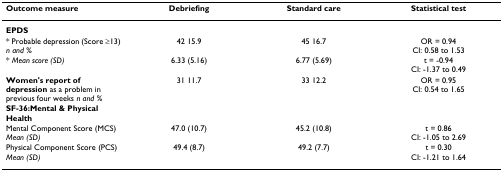
<table><thead><tr><td><b>Outcome measure</b></td><td><b>Debriefing</b></td><td><b>Standard care</b></td><td><b>Statistical test</b></td></tr></thead><tbody><tr><td><b>EPDS</b></td><td></td><td></td><td></td></tr><tr><td>* Probable depression (Score ≥13) <i>n and %</i></td><td>42 15.9</td><td>45 16.7</td><td>OR = 0.94CI: 0.58 to 1.53</td></tr><tr><td>* <i>Mean score (SD)</i></td><td>6.33 (5.16)</td><td>6.77 (5.69)</td><td>t = -0.94CI: -1.37 to 0.49</td></tr><tr><td><b>Women&#x27;s report of depression </b>as a problem in previous four weeks <i>n and %</i></td><td>31 11.7</td><td>33 12.2</td><td>OR = 0.95CI: 0.54 to 1.65</td></tr><tr><td><b>SF-36:Mental &amp; Physical Health</b></td><td></td><td></td><td></td></tr><tr><td>Mental Component Score (MCS) <i>Mean (SD)</i></td><td>47.0 (10.7)</td><td>45.2 (10.8)</td><td>t = 0.86CI: -1.05 to 2.69</td></tr><tr><td>Physical Component Score (PCS) <i>Mean (SD)</i></td><td>49.4 (8.7)</td><td>49.2 (7.7)</td><td>t = 0.30CI: -1.21 to 1.64</td></tr></tbody></table>